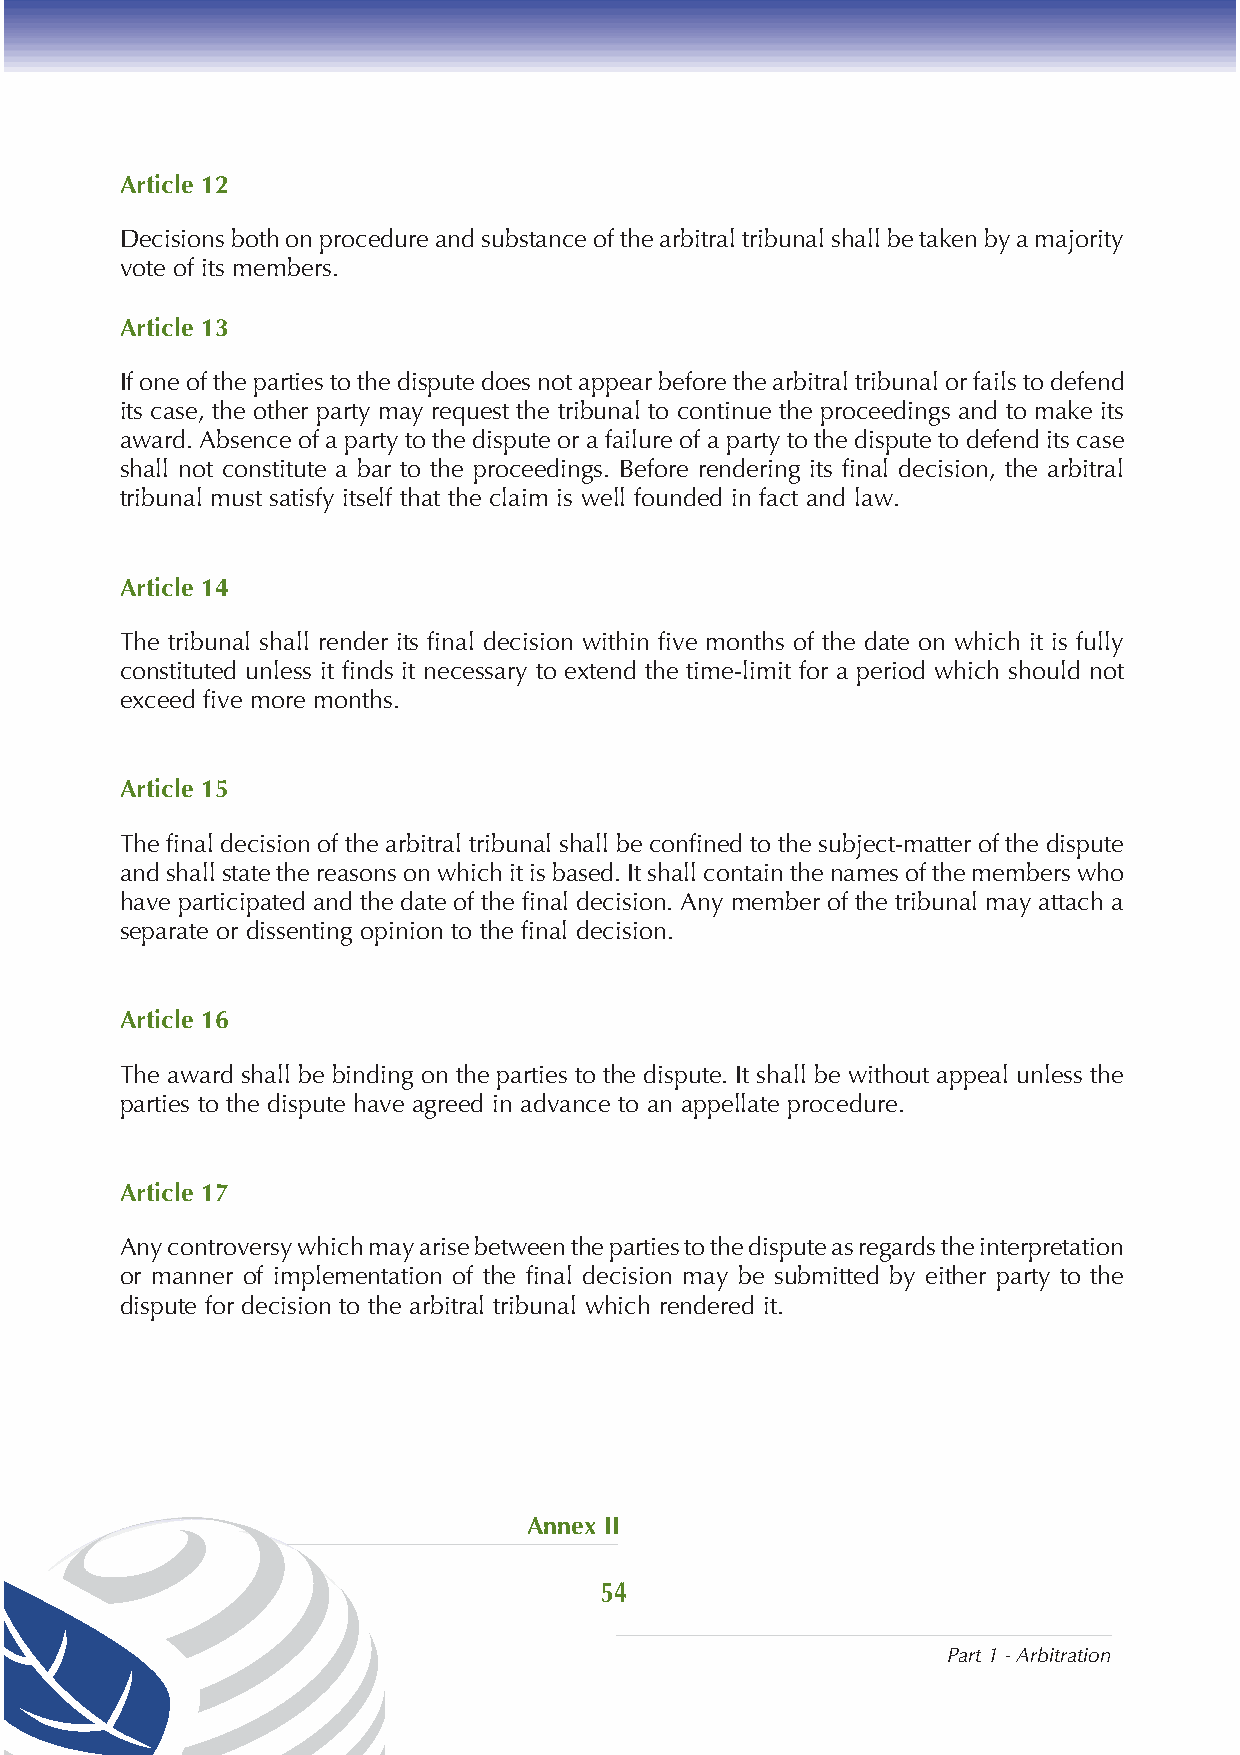
Article 12
 Decisions both on procedure and substance of the arbitral tribunal shall be taken by a majority
 vote of its members.
 Article 13
 If one of the parties to the dispute does not appear before the arbitral tribunal or fails to defend
 its case, the other party may request the tribunal to continue the proceedings and to make its
 award. Absence of a party to the dispute or a failure of a party to the dispute to defend its case
 shall not constitute a bar to the proceedings. Before rendering its final decision, the arbitral
 tribunal must satisfy itself that the claim is well founded in fact and law.
 Article 14
 The tribunal shall render its final decision within five months of the date on which it is fully
 constituted unless it finds it necessary to extend the time-limit for a period which should not
 exceed five more months.
 Article 15
 The final decision of the arbitral tribunal shall be confined to the subject-matter of the dispute
 and shall state the reasons on which it is based. It shall contain the names of the members who
 have participated and the date of the final decision. Any member of the tribunal may attach a
 separate or dissenting opinion to the final decision.
 Article 16
 The award shall be binding on the parties to the dispute. It shall be without appeal unless the
 parties to the dispute have agreed in advance to an appellate procedure.
 Article 17
 Any controversy which may arise between the parties to the dispute as regards the interpretation
 or manner of implementation of the final decision may be submitted by either party to the
 dispute for decision to the arbitral tribunal which rendered it.
 Annex II
 54
 Part 1 - Arbitration